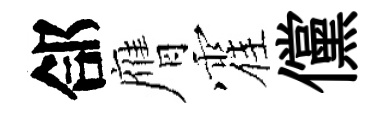
郃膺霍儻